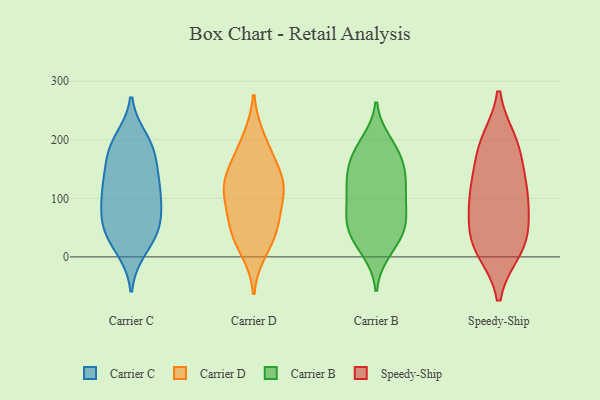
{"axis": {"x": "Budget (USD K)", "y": "Value"}, "legend": ["Carrier B", "Carrier C", "Carrier D", "Speedy-Ship"], "data": [{"x": "", "y": 102, "type": "Carrier C"}, {"x": "", "y": 120, "type": "Carrier C"}, {"x": "", "y": 50, "type": "Carrier C"}, {"x": "", "y": 200, "type": "Carrier C"}, {"x": "", "y": 22, "type": "Carrier C"}, {"x": "", "y": 127, "type": "Carrier C"}, {"x": "", "y": 190, "type": "Carrier C"}, {"x": "", "y": 82, "type": "Carrier C"}, {"x": "", "y": 171, "type": "Carrier C"}, {"x": "", "y": 130, "type": "Carrier C"}, {"x": "", "y": 124, "type": "Carrier C"}, {"x": "", "y": 174, "type": "Carrier C"}, {"x": "", "y": 44, "type": "Carrier C"}, {"x": "", "y": 63, "type": "Carrier C"}, {"x": "", "y": 190, "type": "Carrier C"}, {"x": "", "y": 13, "type": "Carrier C"}, {"x": "", "y": 47, "type": "Carrier C"}, {"x": "", "y": 80, "type": "Carrier C"}, {"x": "", "y": 44, "type": "Carrier D"}, {"x": "", "y": 124, "type": "Carrier D"}, {"x": "", "y": 13, "type": "Carrier D"}, {"x": "", "y": 142, "type": "Carrier D"}, {"x": "", "y": 120, "type": "Carrier D"}, {"x": "", "y": 49, "type": "Carrier D"}, {"x": "", "y": 57, "type": "Carrier D"}, {"x": "", "y": 200, "type": "Carrier D"}, {"x": "", "y": 102, "type": "Carrier D"}, {"x": "", "y": 175, "type": "Carrier D"}, {"x": "", "y": 116, "type": "Carrier D"}, {"x": "", "y": 48, "type": "Carrier B"}, {"x": "", "y": 98, "type": "Carrier B"}, {"x": "", "y": 128, "type": "Carrier B"}, {"x": "", "y": 137, "type": "Carrier B"}, {"x": "", "y": 108, "type": "Carrier B"}, {"x": "", "y": 190, "type": "Carrier B"}, {"x": "", "y": 10, "type": "Carrier B"}, {"x": "", "y": 17, "type": "Carrier B"}, {"x": "", "y": 38, "type": "Carrier B"}, {"x": "", "y": 83, "type": "Carrier B"}, {"x": "", "y": 54, "type": "Carrier B"}, {"x": "", "y": 82, "type": "Carrier B"}, {"x": "", "y": 176, "type": "Carrier B"}, {"x": "", "y": 57, "type": "Carrier B"}, {"x": "", "y": 196, "type": "Carrier B"}, {"x": "", "y": 127, "type": "Carrier B"}, {"x": "", "y": 137, "type": "Carrier B"}, {"x": "", "y": 166, "type": "Carrier B"}, {"x": "", "y": 164, "type": "Carrier B"}, {"x": "", "y": 50, "type": "Carrier B"}, {"x": "", "y": 190, "type": "Speedy-Ship"}, {"x": "", "y": 183, "type": "Speedy-Ship"}, {"x": "", "y": 35, "type": "Speedy-Ship"}, {"x": "", "y": 14, "type": "Speedy-Ship"}, {"x": "", "y": 101, "type": "Speedy-Ship"}, {"x": "", "y": 195, "type": "Speedy-Ship"}, {"x": "", "y": 29, "type": "Speedy-Ship"}, {"x": "", "y": 64, "type": "Speedy-Ship"}, {"x": "", "y": 102, "type": "Speedy-Ship"}, {"x": "", "y": 13, "type": "Speedy-Ship"}, {"x": "", "y": 130, "type": "Speedy-Ship"}, {"x": "", "y": 113, "type": "Speedy-Ship"}]}